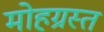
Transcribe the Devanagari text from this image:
मोहग्रस्त